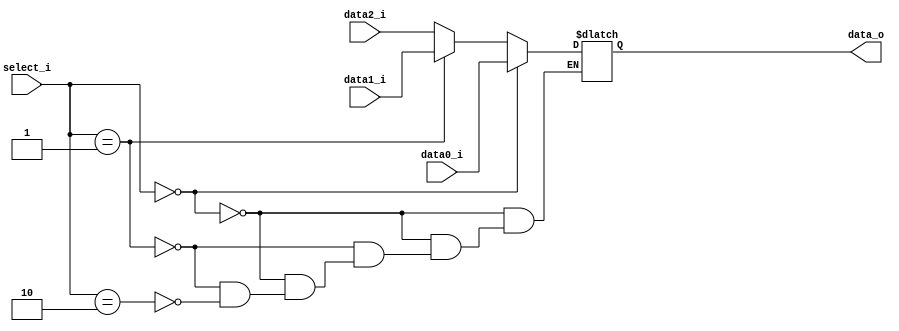
//Subject:     CO project 2 - MUX 3to1
//--------------------------------------------------------------------------------
//Version:     1
//--------------------------------------------------------------------------------
//Writer:      0616086
//----------------------------------------------
//----------------------------------------------
//Description: 
//--------------------------------------------------------------------------------

module MUX_3to1(
                data0_i,
                data1_i,
                data2_i,
                select_i,
                data_o
                   );		   
parameter size = 0;				
//I/O ports               
input   [size-1:0] data0_i;          
input   [size-1:0] data1_i;
input   [size-1:0] data2_i;
input   [	  1:0] select_i;
output  [size-1:0] data_o; 

//Internal Signals
reg     [size-1:0] result;

//Main function
always@(*)begin
    if(select_i == 2'd0) result = data0_i;
    else if(select_i == 2'd1) result = data1_i;
    else if(select_i == 2'd2) result = data2_i;
end
assign data_o = result;
endmodule